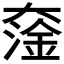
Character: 𡙯